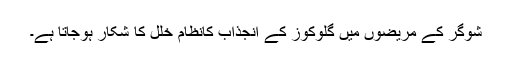
شوگر کے مریضوں میں گلوکوز کے انجذاب کانظام خلل کا شکار ہوجاتا ہے۔